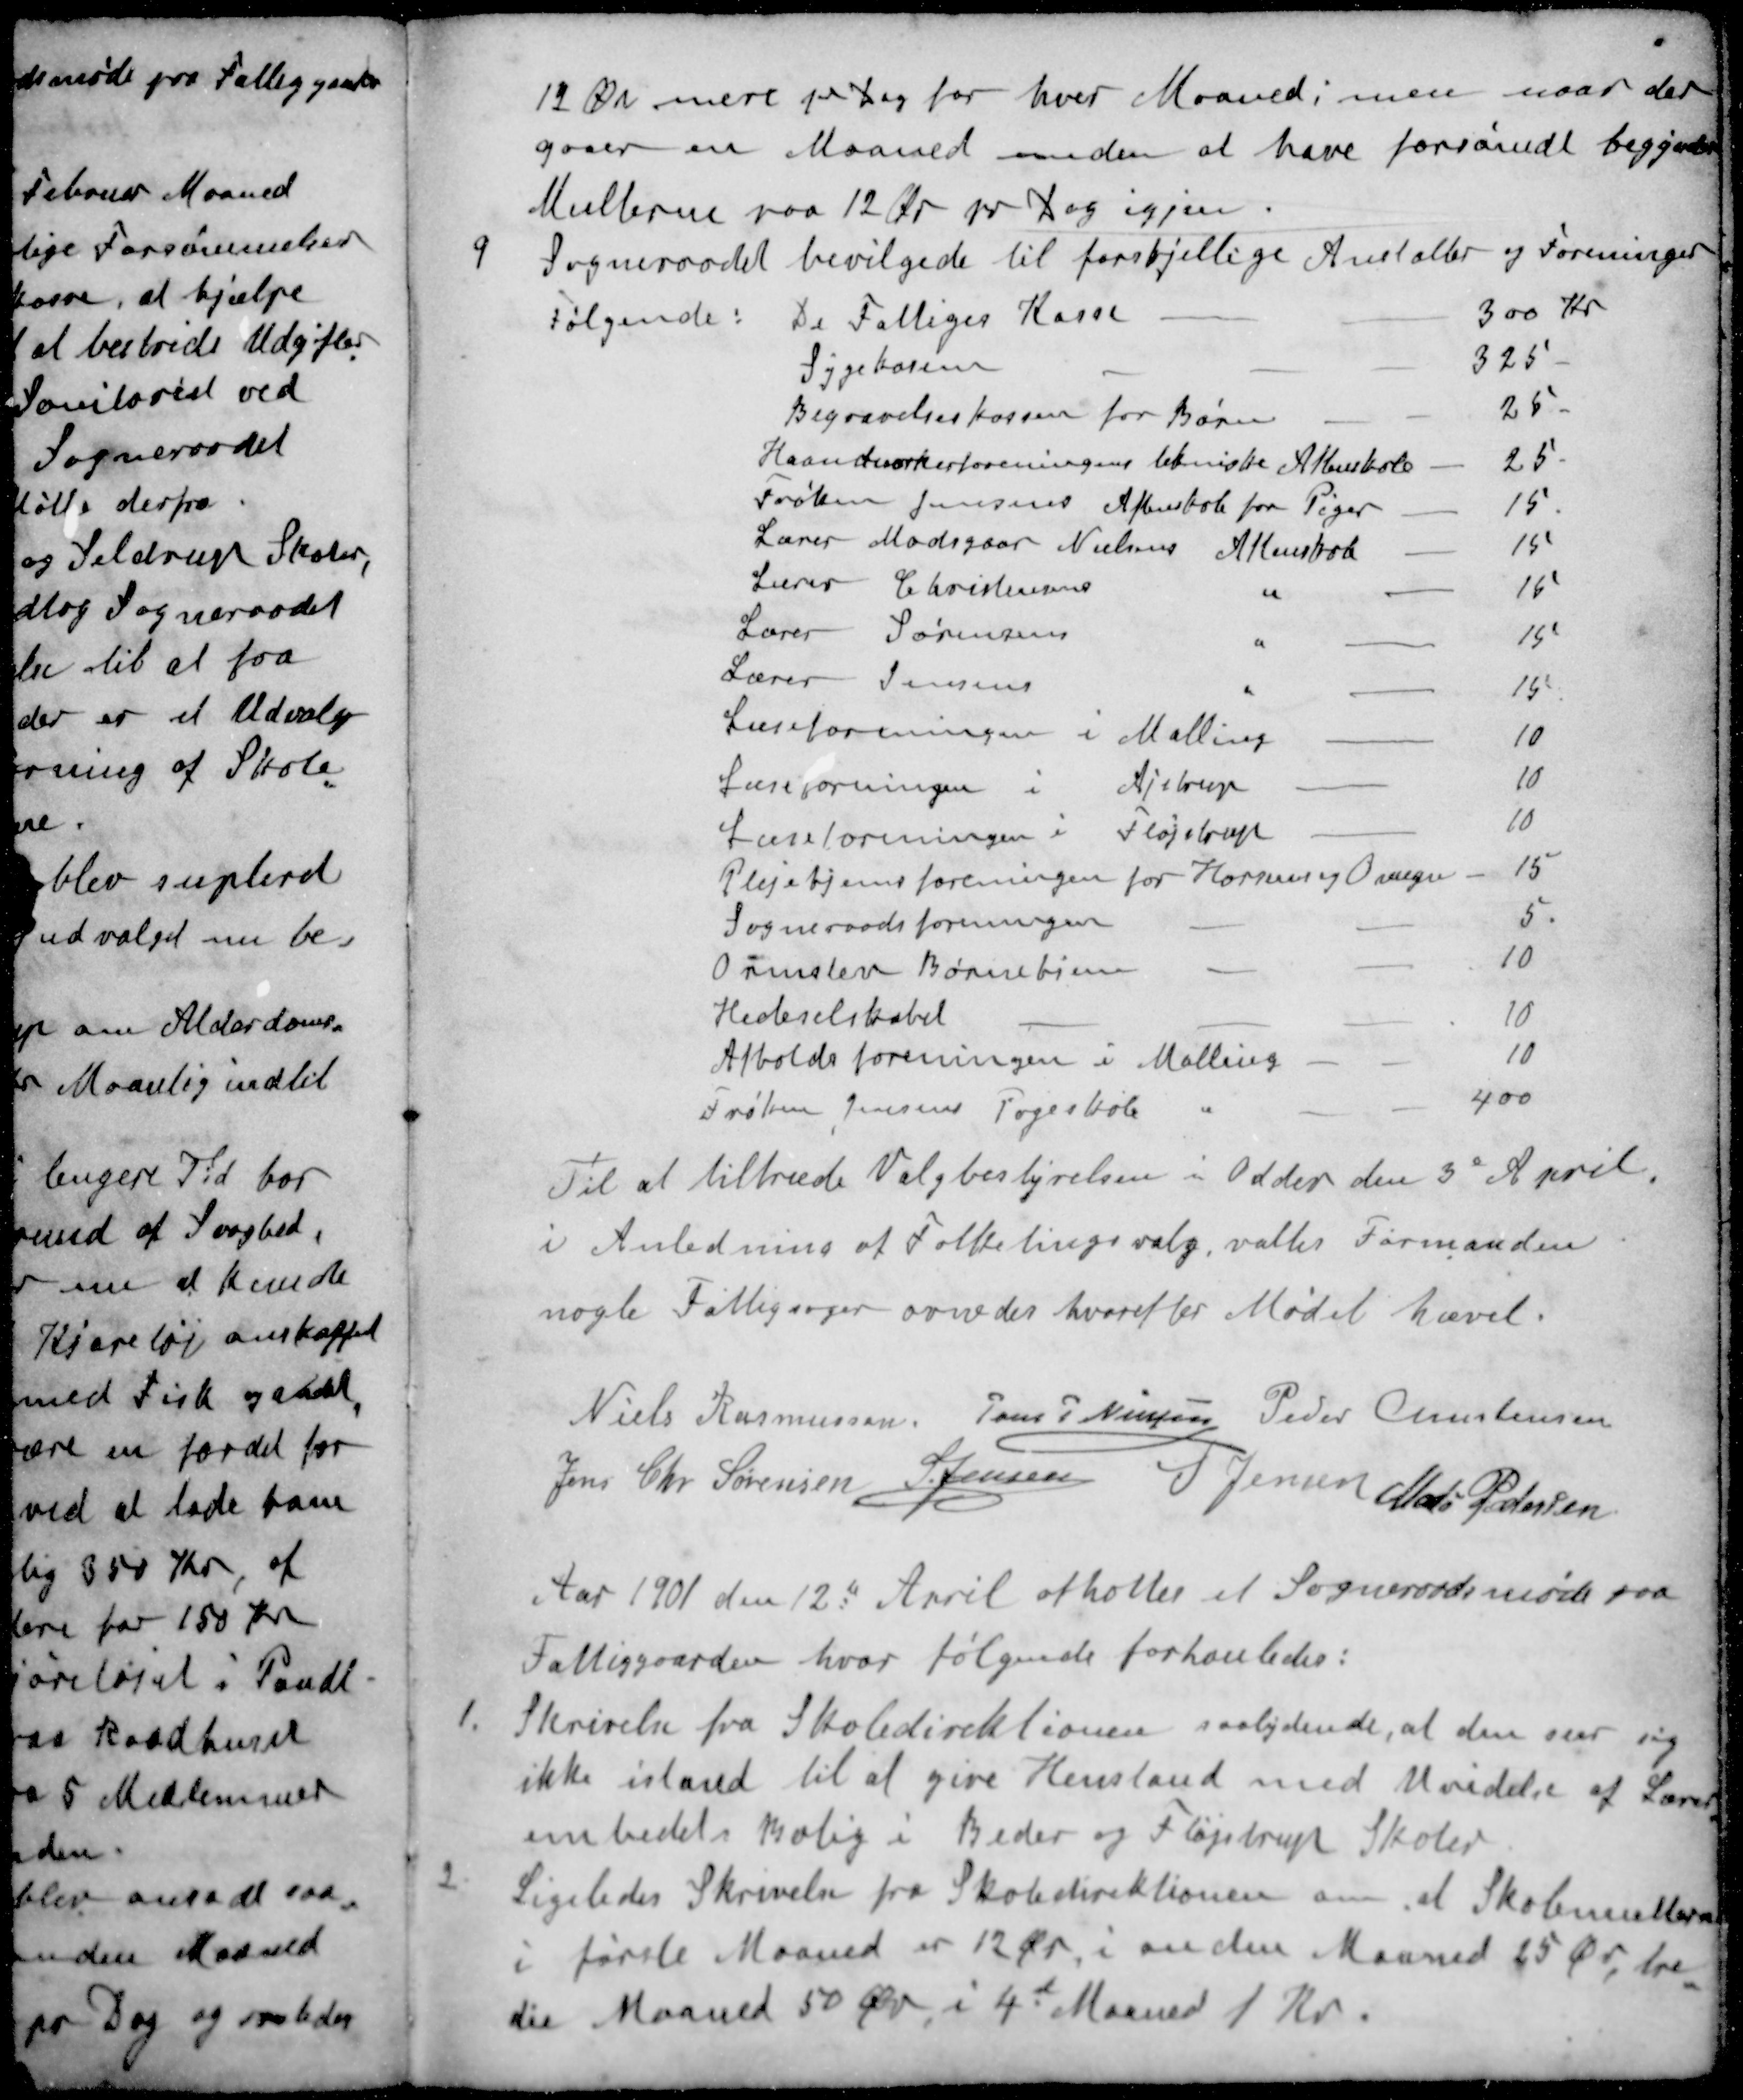
Transskription:
12 Øre mere pr Dag for hver Maaned, men naar der
gaaer en Maaned inden at have forsømdt begynder
Multerne paa 12 Ør pr Dag igjen.
9 Sogneraadet bevilgede til forskjellige Anstalter og Foreninger
Følgende:
De Fattiges Kasse
300 Kr
Sygekassen
325
Begravelseskassen for Børn
25
Haandværkerforeningen tekniske Aftenskole
25
Frøken Jensens Aftenskole for Piger
15
Lærer Madsgaar Nielsens Aftenskole
15
Lærer Christensens "
16
Lærer Sørensens "
15
Lærer Jensens "
15
Læseforeningen i Malling
10
Læseforeningen i Ajstrup
10
Læseforeningen i Fløjstrup
10
Plejehjemsforeningen for Horsen og Omegn
15
Sogneraadsforeningen
5
Ormslev Børnehjem
10
Hedeselskabet
10
Afholdsforeningen i Malling
10
Frøken Jensens Pogeskole "
400
Til at tiltræde Valgbestyrelsen i Odder den 3d April
i Anledning af Folketingsvalg, valtes Formanden
nogle Fattigsager ornedes hvorefter Mødet hævet.
Niels Rasmussen
Jens P Nielsen
Peder Christensen
Jens Chr Sørensen
S Jensen
S Jensen
Mads Pedersen
Aar 1901 den 12d April afholtes et Sogneraadsmøde paa
Fattiggaarden hvor følgende forhanledes:
1 Skrivelse fra Skoledirektionen saalydende, at den ser sig
ikke istand til at give Henstand med Uvidelse af Lærer-
embedets Bolig i Beder og Fløjstrup Skoler
2 Ligeledes Skrivelse fra Skoledirektionen om at Skolemulrerne
i første Maaned er 12 Øre i anden Maaned 25 Øre tre-
die Maaned 50 Ør i 4d Maaned 1 Kr.